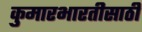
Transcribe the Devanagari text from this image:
कुमारभारतीसाठी